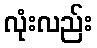
လုံးလည်း